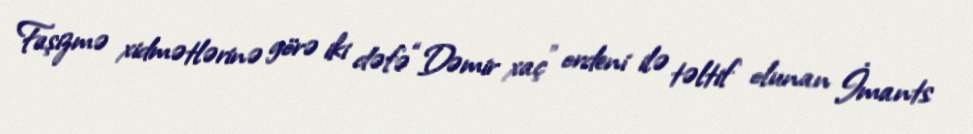
Faşizmə xidmətlərinə görə iki dəfə “Dəmir xaç” ordeni ilə təltif olunan İmants